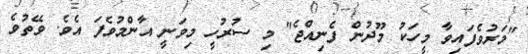
"މަރުވެފައިވާ މީހަކު މޫދުން ފެނިއްޖެ" މި ސުރުހީ މިވަނީ އާންމުވެފަ އެވެ. ވޭތުވެ